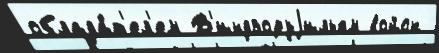
облада́т'ел'ем В'индзоруjильям войск